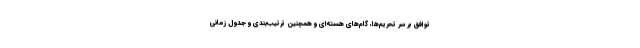
توافق بر سر تحریم‌ها، گام‌های هسته‌ای و همچنین ترتیب‌بندی و جدول زمانی